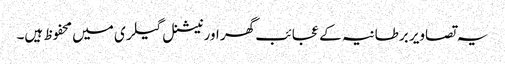
یہ تصاویر برطانیہ کے عجائب گھر اور نیشنل گیلری میں محفوظ ہیں۔